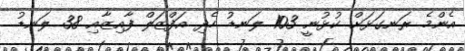
އެންމެ ރަނގަޅަށް ކުޅުނީ 103 ލަނޑު ހެދި އަފްޒަލް ފާއިޒާއި 38 ލަނޑު